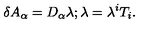
\delta A _ { \alpha } = D _ { \alpha } \lambda ; \lambda = \lambda ^ { i } T _ { i } .